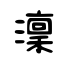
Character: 澟